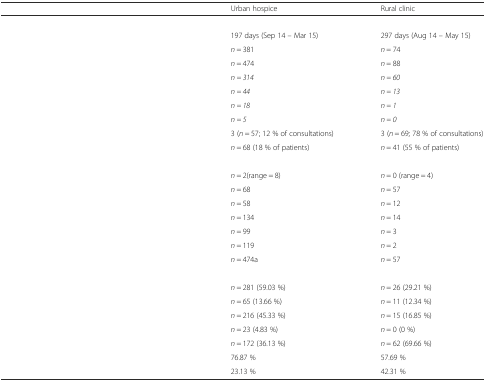
<table><thead><tr><td>[EMPTY_CELL]</td><td><b>Urban hospice</b></td><td><b>Rural clinic</b></td></tr></thead><tbody><tr><td colspan="3">[EMPTY_CELL]</td></tr><tr><td>[EMPTY_CELL]</td><td>197 days (Sep 14 – Mar 15)</td><td>297 days (Aug 14 – May 15)</td></tr><tr><td>[EMPTY_CELL]</td><td><i>n</i> = 381</td><td><i>n</i> = 74</td></tr><tr><td>[EMPTY_CELL]</td><td><i>n</i> = 474</td><td><i>n</i> = 88</td></tr><tr><td>[EMPTY_CELL]</td><td><i>n = 314</i></td><td><i>n = 60</i></td></tr><tr><td>[EMPTY_CELL]</td><td><i>n = 44</i></td><td><i>n = 13</i></td></tr><tr><td>[EMPTY_CELL]</td><td><i>n = 18</i></td><td><i>n = 1</i></td></tr><tr><td>[EMPTY_CELL]</td><td><i>n = 5</i></td><td><i>n = 0</i></td></tr><tr><td>[EMPTY_CELL]</td><td>3 (<i>n</i> = 57; 12 % of consultations)</td><td>3 (<i>n</i> = 69; 78 % of consultations)</td></tr><tr><td>[EMPTY_CELL]</td><td><i>n</i> = 68 (18 % of patients)</td><td><i>n</i> = 41 (55 % of patients)</td></tr><tr><td colspan="3">[EMPTY_CELL]</td></tr><tr><td>[EMPTY_CELL]</td><td><i>n</i> = 2(range = 8)</td><td><i>n</i> = 0 (range = 4)</td></tr><tr><td>[EMPTY_CELL]</td><td><i>n</i> = 68</td><td><i>n</i> = 57</td></tr><tr><td>[EMPTY_CELL]</td><td><i>n</i> = 58</td><td><i>n</i> = 12</td></tr><tr><td>[EMPTY_CELL]</td><td><i>n</i> = 134</td><td><i>n</i> = 14</td></tr><tr><td>[EMPTY_CELL]</td><td><i>n</i> = 99</td><td><i>n</i> = 3</td></tr><tr><td>[EMPTY_CELL]</td><td><i>n</i> = 119</td><td><i>n</i> = 2</td></tr><tr><td>[EMPTY_CELL]</td><td><i>n</i> = 474a</td><td><i>n</i> = 57</td></tr><tr><td colspan="3">[EMPTY_CELL]</td></tr><tr><td>[EMPTY_CELL]</td><td><i>n</i> = 281 (59.03 %)</td><td><i>n</i> = 26 (29.21 %)</td></tr><tr><td>[EMPTY_CELL]</td><td><i>n</i> = 65 (13.66 %)</td><td><i>n</i> = 11 (12.34 %)</td></tr><tr><td>[EMPTY_CELL]</td><td><i>n</i> = 216 (45.33 %)</td><td><i>n</i> = 15 (16.85 %)</td></tr><tr><td>[EMPTY_CELL]</td><td><i>n</i> = 23 (4.83 %)</td><td><i>n</i> = 0 (0 %)</td></tr><tr><td>[EMPTY_CELL]</td><td><i>n</i> = 172 (36.13 %)</td><td><i>n</i> = 62 (69.66 %)</td></tr><tr><td>[EMPTY_CELL]</td><td>76.87 %</td><td>57.69 %</td></tr><tr><td>[EMPTY_CELL]</td><td>23.13 %</td><td>42.31 %</td></tr></tbody></table>